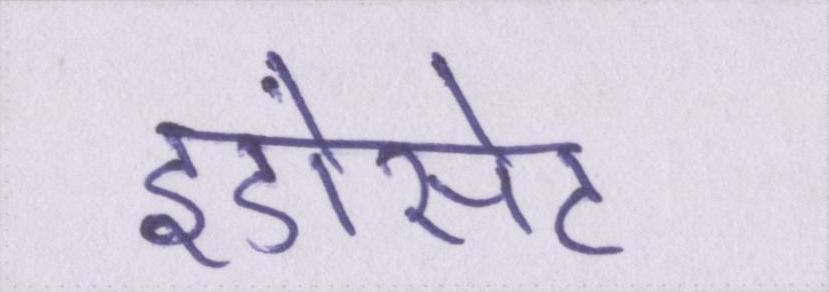
इंडोसेट